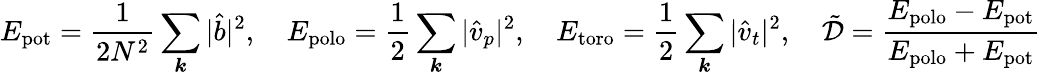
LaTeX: E_{\mathrm{pot}}=\frac{1}{2N^{2}}\sum_{\boldsymbol{k}}|\hat{b}|^{2},~~~~E_{\mathrm{polo}}=\frac{1}{2}\sum_{\boldsymbol{k}}|\hat{v}_{p}|^{2},~~~~E_{\mathrm{toro}}=\frac{1}{2}\sum_{\boldsymbol{k}}|\hat{v}_{t}|^{2},~~~~\tilde{\mathcal{D}}=\frac{E_{\mathrm{polo}}-E_{\mathrm{pot}}}{E_{\mathrm{polo}}+E_{\mathrm{pot}}}